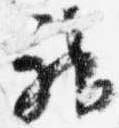
神